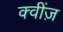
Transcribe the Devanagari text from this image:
क्वींज़